Veterinary [1916] -
Year: 1916
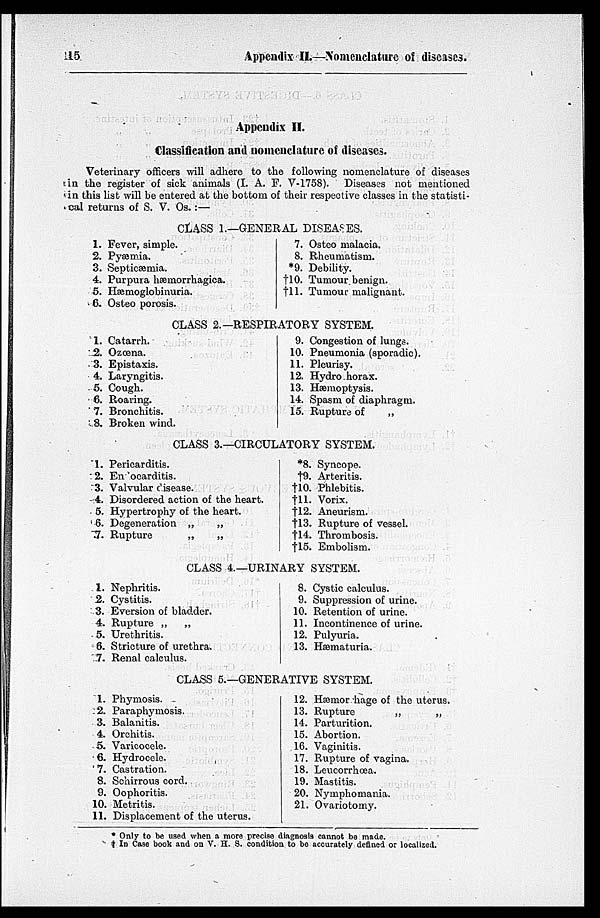
115
Appendix II.—Nomenclature of diseases.
Appendix II.
Classification and nomenclature of diseases.
Veterinary officers will adhere to the following nomenclature of diseases
in the register of sick animals (I. A. F. V-1758). Diseases not mentioned
in this list will be entered at the bottom of their respective classes in the statisti-
cal returns of S. V. Os.:—
CLASS 1.—GENERAL DISEASES.
1.
2.
3.
4.
5.
6.
Fever, simple.
Pyæmia.
Septicæmia.
Purpura hæmorrhagica.
Hæmoglobinuria.
Osteo porosis.
7.
8.
*9.
†10.
†11.
Osteo malacia.
Rheumatism.
Debility.
Tumour benign.
Tumour malignant.
CLASS 2.—RESPIRATORY SYSTEM.
1.
2.
3.
4.
5.
6.
7.
8.
Catarrh.
Ozœna.
Epistaxis.
Laryngitis.
Cough.
Roaring.
Bronchitis.
Broken wind.
9.
10.
11.
12.
13.
14.
15.
Congestion of lungs.
Pneumonia (sporadic).
Pleurisy.
Hydro horax.
Hæmoptysis.
Spasm of diaphragm.
Rupture of
„
CLASS 3.—CIRCULATORY SYSTEM.
1.
2.
3.
4.
5.
6.
7.
Pericarditis.
En ocarditis.
Valvular disease.
Disordered action of the heart.
Hypertrophy of the heart.
Degeneration „
„
Rupture
„
„
*8.
†9.
†10.
†11.
†12.
†13.
†14.
†15.
Syncope.
Arteritis.
Phlebitis.
Vorix.
Aneurism.
Rupture of vessel.
Thrombosis.
Embolism.
CLASS 4.—URINARY SYSTEM.
I.
2.
3.
4.
5.
6.
7.
Nephritis.
Cystitis.
Eversion of bladder.
Rupture „
„
Urethritis.
Stricture of urethra.
Renal calculus.
8.
9.
10.
11.
12.
13.
Cystic calculus.
Suppression of urine.
Retention of urine.
Incontinence of urine.
Pulyuria.
Hæmaturia.
CLASS 5.—GENERATIVE SYSTEM.
1.
2.
3.
4.
5.
6.
7.
8.
9.
10.
11.
Phymosis.
Paraphymosis.
Balanitis.
Orchitis.
Varicocele.
Hydrocele.
Castration.
Schirrous cord.
Oophoritis.
Metritis.
Displacement of the uterus.
12.
13.
14.
15.
16.
17.
18.
19.
20.
21.
Hæmor hage of the uterus.
Rupture
„
„
Parturition.
Abortion.
Vaginitis.
Rupture of vagina.
Leucorrhœa.
Mastitis.
Nymphomania.
Ovariotomy.
* Only to be used when a more precise diagnosis cannot be made.
† In Case book and on V. H. S. condition to be accurately defined or localized.